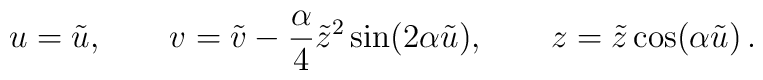
u = \tilde{u}, \qquad v = \tilde{v} - \frac{\alpha}{4} \tilde{z}^2\sin(2 \alpha \tilde{u}), \qquad z = \tilde{z} \cos(\alpha \tilde{u})\, .